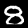
Label: 8